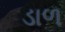
ડાળ